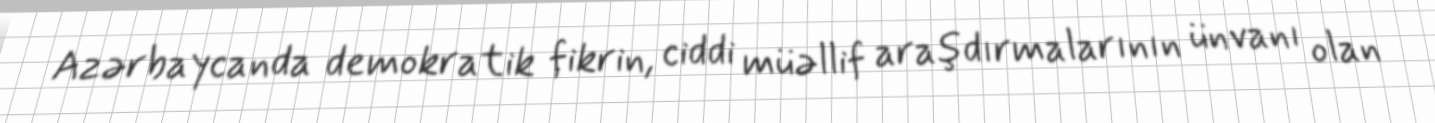
Azərbaycanda demokratik fikrin, ciddi müəllif araşdırmalarının ünvanı olan